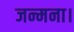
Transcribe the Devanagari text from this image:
जन्मना।